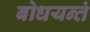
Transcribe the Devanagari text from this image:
बोधयन्तं